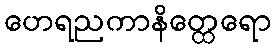
ဟေရညကာနိတ္ထေရော